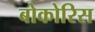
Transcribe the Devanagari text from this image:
बोकोरिस